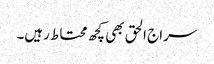
سراج الحق بھی کچھ محتاط رہیں۔